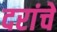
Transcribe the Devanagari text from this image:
दरांचे